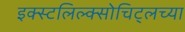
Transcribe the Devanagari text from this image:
इक्स्टलिल्क्सोचिट्लच्या